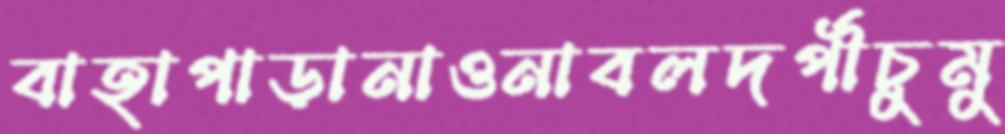
বাহাপাড়ানাওনাবলদর্পীচুমু